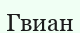
Гвиан